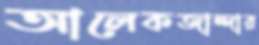
আলেকজান্দার